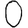
Digit: 0